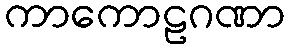
ကာကောဠဂဏာ